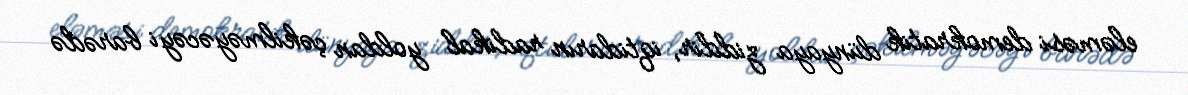
eləməsi demokratik dünyaya ziddir, iqtidarın radikal yoldan çəkilməyəcəyi barədə